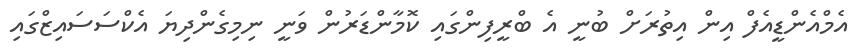
އެމްއެންޑީއެފް އިން އިތުރަށް ބުނީ އެ ބްރީފިންގައި ކޮމާންޑަރުން ވަނީ ނިމިގެންދިޔަ އެކްސަސައިޒްގައި